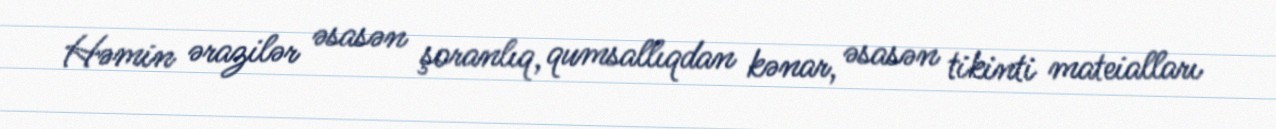
Həmin ərazilər əsasən şoranlıq, qumsallıqdan kənar, əsasən tikinti mateialları